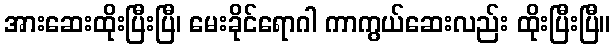
အားဆေးထိုးပြီးပြီ၊ မေးခိုင်ရောဂါ ကာကွယ်ဆေးလည်း ထိုးပြီးပြီ။